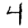
Digit: 4